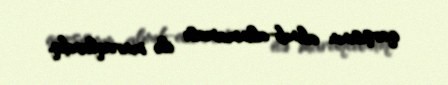
qarşısının alınıb-alınmaması ilə maraqlandıq.